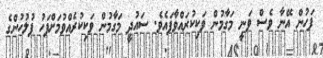
ފަހުން އޭނާ ވެސް ވަނީ މަގާމުން ވަކިކުރައްވާފައެވެ. ސައުދީ މަގާމުން ވަކިކުރެއްވުމަށްފަހު ފުލުހުންގެ